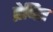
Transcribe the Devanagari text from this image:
प्रेषित